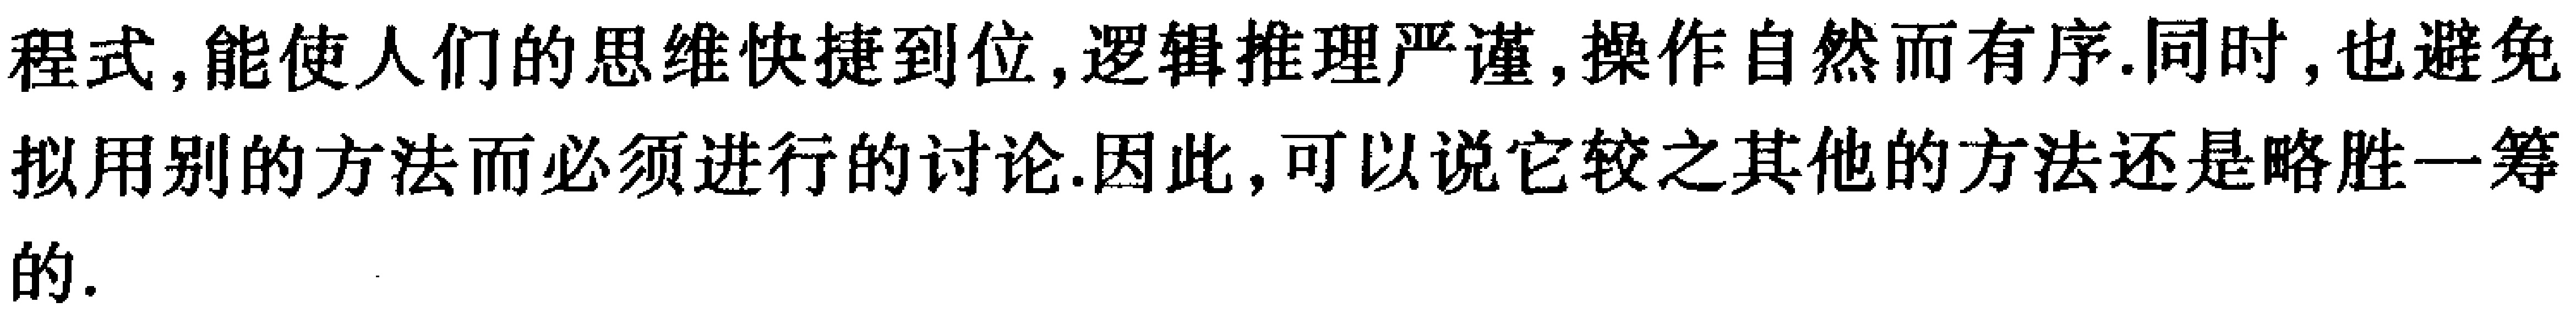
程式，能使人们的思维快捷到位, 逻辑推理严谨, 操作自然而有序. 同时, 也避免拟用别的方法而必须进行的讨论. 因此, 可以说它较之其他的方法还是略胜一筹的.